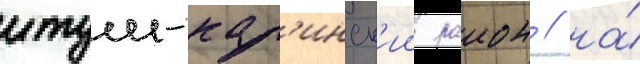
итум-кал'инск'ии раион / на́